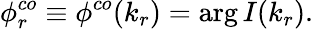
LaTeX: \phi_{r}^{co}\equiv\phi^{co}(k_{r})=\arg I(k_{r}).